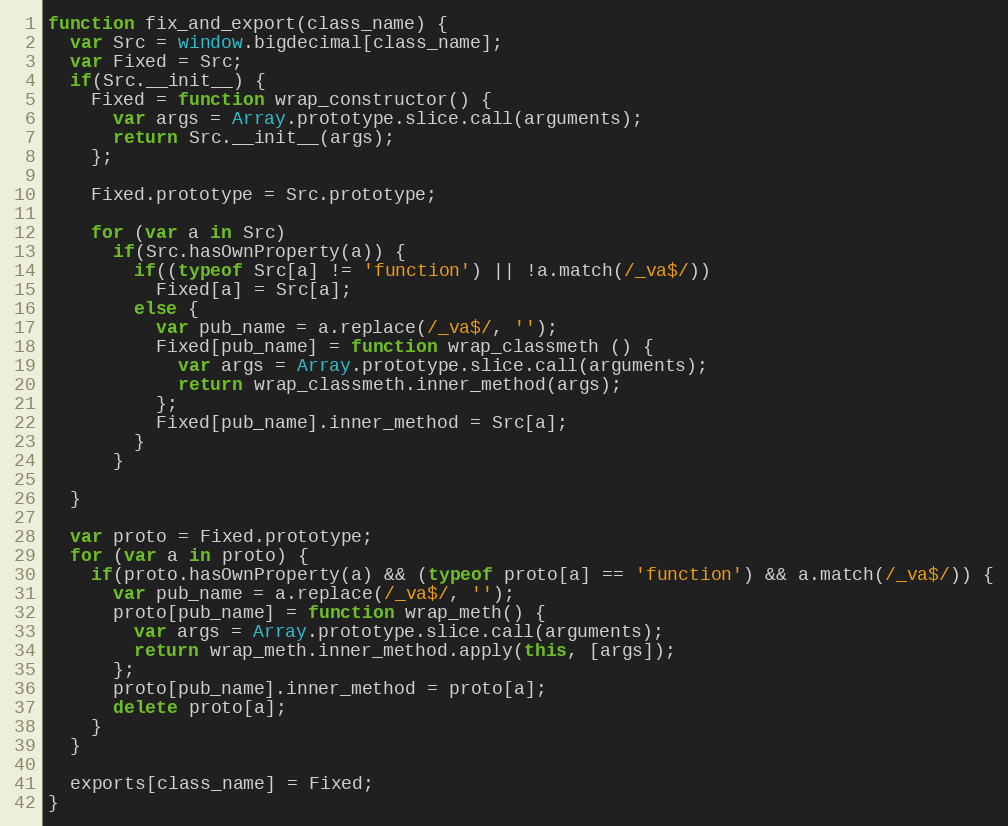
Language: JavaScript
function fix_and_export(class_name) {
  var Src = window.bigdecimal[class_name];
  var Fixed = Src;
  if(Src.__init__) {
    Fixed = function wrap_constructor() {
      var args = Array.prototype.slice.call(arguments);
      return Src.__init__(args);
    };

    Fixed.prototype = Src.prototype;

    for (var a in Src)
      if(Src.hasOwnProperty(a)) {
        if((typeof Src[a] != 'function') || !a.match(/_va$/))
          Fixed[a] = Src[a];
        else {
          var pub_name = a.replace(/_va$/, '');
          Fixed[pub_name] = function wrap_classmeth () {
            var args = Array.prototype.slice.call(arguments);
            return wrap_classmeth.inner_method(args);
          };
          Fixed[pub_name].inner_method = Src[a];
        }
      }

  }

  var proto = Fixed.prototype;
  for (var a in proto) {
    if(proto.hasOwnProperty(a) && (typeof proto[a] == 'function') && a.match(/_va$/)) {
      var pub_name = a.replace(/_va$/, '');
      proto[pub_name] = function wrap_meth() {
        var args = Array.prototype.slice.call(arguments);
        return wrap_meth.inner_method.apply(this, [args]);
      };
      proto[pub_name].inner_method = proto[a];
      delete proto[a];
    }
  }

  exports[class_name] = Fixed;
}